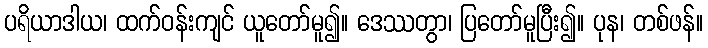
ပရိယာဒါယ၊ ထက်ဝန်းကျင် ယူတော်မူ၍။ ဒေဿတွာ၊ ပြတော်မူပြီး၍။ ပုန၊ တစ်ဖန်။